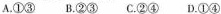
A.①③B.②③C.②④D.①④